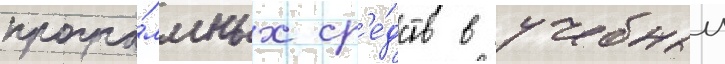
програ́ммных ср'е́дств в учебныи